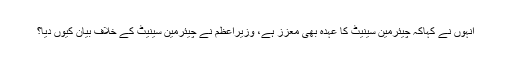
انہوں نے کہاکہ چیئرمین سینیٹ کا عہدہ بھی معزز ہے، وزیراعظم نے چیئرمین سینیٹ کے خلاف بیان کیوں دیا؟